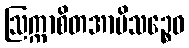
ဩက္ကာစိတအာမိသဉ္စေဝ